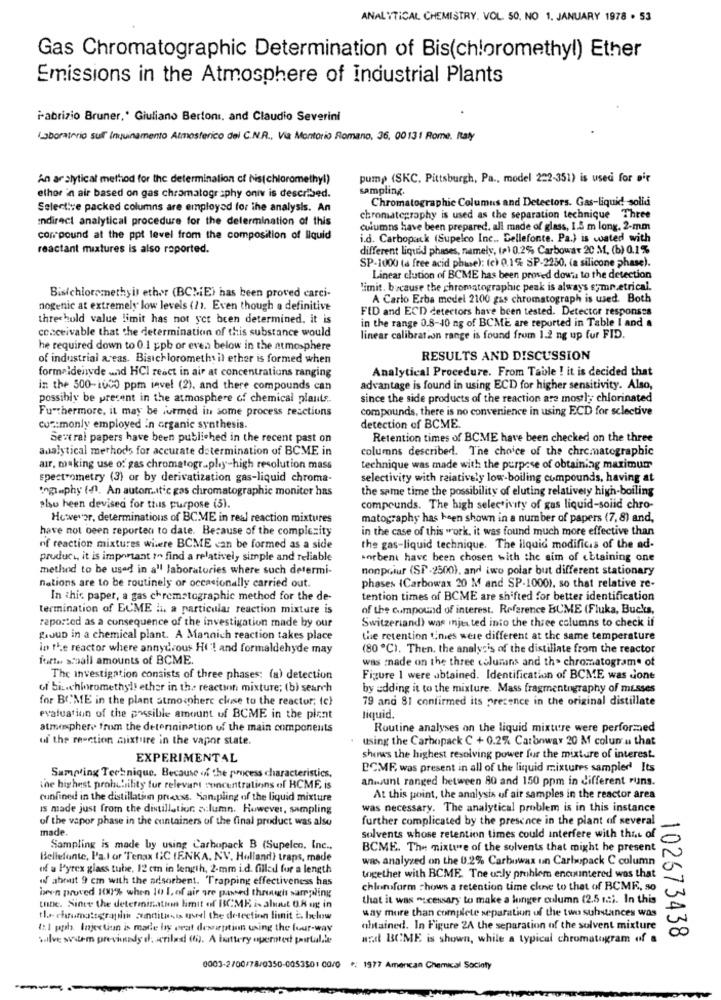
ANALYTICAL CHEMISTRY. VOL 50, NO 1. JANUARY 1978 . 53
Gas Chromatographic Determination of Bis(chloromethyl) Ether
Emissions in the Atmosphere of industrial Plants
Fabrizio Bruner,' Giuliano Bertoni, and Claudio Severini
Laboratorio sul inquinamento Atmosferico dei C.N.R ., Via Montorio Romano, 36, 00131 Rome, Italy
An ar slytical method for the determination of Nis(chloromethyl)
pump (SKC, Pittsburgh, Pa ., model 222-351) is used for pir
ethor in air based on gas chromatography oniv is described.
sampling.
Selective packed columns are employed for the analysis. An
Chromatographie Columns and Detectors. Gas-liquid solidi
endirect analytical procedure for the determination of this
chromatography is used as the separation technique Three
columns have been prepared. all made of glass, 1.5 m long. 2-mm
con pound at the ppt level from the composition of liquid
i.d. Carbopack (Supelco Inc .. Bellefonte. Pa.) is wated with
reactant mixtures is also reported.
different liquid phases, namely, (a) 0.2% Carbowar 20 M. (b) 0,1%
SP-1000 (a free acid phase): (c) 0.1% SP-2250, (a silicone phase).
Linear clution of BCME has been proved downs to the detection
Limit. brcause the chromatographic peak is always symn.etrical.
Bisichloromethyil ether (BCME) has been proved carci-
A Carlo Erba medel 2100 gas chromatograph is wed. Both
nogenic at extremely low levels (11. Even though a definitive
FID and ECD detectors have been tested. Detector responses
threshold value limit has not yet been determined. it is
in the range 0.8-10 ng of BCME are reported in Table I and a
conceivable that the determination of this substance would
linear calibration range is found from 1.2 ng up fur FID.
he required down to 0.1 ppb or even below in the atmosphere
of industrial areas. Bisich loromethy il ether is formed when
RESULTS AND DISCUSSION
Analytical Procedure. From Table ! it is decided that
formaidenyde mad HCI react in air at concentrations ranging
in the 500-1000 ppm invel (2), and there compounds can
advantage is found in using ECD for higher sensitivity. Also,
possibly be present in the atmosphere of chemical plants.
since the side products of the reaction are mostly chlorinated
Furthermore, it may be furmed in some process reactions
compounds, there is no convenience in using ECD for sclective
cuz:monly employed in organic synthesis.
detection of BCME.
Several papers have been published in the recent past on
Retention times of BCME have been checked on the three
analytical methods for accurate determination of BCME in
columns described. The choice of the chromatographic
air, making use of gas chromatography-high resolution mass
technique was made with the purpose of obtaining maximum
spectrometry (3) or by derivatization gas-liquid chroma-
selectivity with relatively low-boiling compounds, having at
togiaphy (4). An autorr .. tic gas chromatographic moniter has
the same time the possibility of eluting relatively high-boiling
also heen devised for tius purpose (5).
compounds. The high selectivity of gas liquid-solid chro-
Heavenor, determinations of BCME in real reaction mixtures
matography has been shown in a number of papers (7,8) and,
have not been reported to date. Because of the complecity
in the case of this work, it was found much more effective than
of reaction mixtures where BCME can be formed as a side
the gas-liquid technique. The liquid modificas of the ad-
product, it is important ?^ find a relatively simple and reliable
sorbent have been chosen with the aim of obtaining one
method to be used in all laboratories where such determi-
nonpoiur (SP-2500), and iwo polar but different stationary
nations are to be routinely or occasionally carried out.
phases (Carbowax 20 M and SP-1000), so that relative re-
In this paper, a gas chromatographic method for the de-
tention times of BCME are shifted for better identification
termination of EUME li a particular reaction mixture is
of the compound of interest. Reference BUME (Fluka, Bucks,
reported as a consequence of the investigation made by our
Switzerland) was injen ted into the three columns to check if
group in a chemical plant. A Mannich reaction takes place
Le retention times were different at the same temperature
in the reactor where annydrous Hi! and formaldehyde may
(80 ℃). Then. the analysis of the distillate from the reactor
fetta scaall amounts of BCME.
was made on the three columns and the chromatograme of
The investigation consists of three phases: (a) detection
Figure 1 were obtained. Identification of BCME was Gone
of biz.chloromethyl! ether in the reaction mixture; (b) search
by adding it to the mixture. Mass fragmentography of misses
for BCME in the plant atmosphere chise to the reactor: (c)
79 and 81 confirmed its presence in the original distillate
evaluation of the possible amount of BCME in the plant
liquid.
atmosphere from the deterinination of the main components
Routine analyses on the liquid mixture were performed
ul the reaction mixture in the vapor state.
. using the Carbopack C + 0.2% Carbonway 20 M colun u that
EXPERIMENTAL
shows the highest resolving power for the mixture of interest.
BCMF, was present in all of the liquid mixtures sampler Its
Sampling Technique. Because of the process characteristics,
anwsunt ranged between 80 and 150 ppm in different runs.
the highest probutility fur relevant concentrations of HCME is
confined in the distillation preexss. San.pling of the liquid mixture
At this point, the analysis of air samples in the reactor area
Is made just from the distillation alumn. However, sampling
was necessary. The analytical problem is in this instance
of the vapor phase in the containers of the final product was also
further complicated by the presence in the plant of several
made.
solvents whose retention times could interfere with that of
Sampling is made by using Carbopack B (Supelco, Inc .,
BCME. The mixture of the solvents that might be present
Bellefonte, Pa.I or Tenax GC (ENKA. NV. Holland) traps, made
was analyzed on the 0.2% Carbowax un Carbopack C column
off a Pyrex glass tube, 12 cm in length, 2-mm i.d. filled fur a length
of about 9 cm with the adsorbent. 'Trapping effectiveness has
together with BCME. The uzly prohiem encountered was that
chloroform shows a retention time chne to that of BCME, so
been proved HX1% when 10 1. of air are passed through sarr;wing
that it was "scessary to make a longer column (2.5 12). In this
tuDe. Since the determination limit of BICME is about 0.8 og in
way more than complete separation of the two substances was
tl- chromatographie sunditats uvedl the detection limit E. below
4.1 pph. Injection is made by peat desorption using the four-way
obtained. In Figure 2A the separation of the solvent mixture
salve sustem previnady d. scrilast (6). A battery operated purtulale
arad BCME is shown, while a typical chromatogram of a
102673438
0003-2700/78/0350-0053501 00/0 9; 1977 American Chemical Society